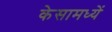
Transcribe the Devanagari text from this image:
केसामध्यें